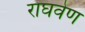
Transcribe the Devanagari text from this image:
राघवेण